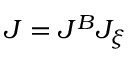
J = J ^ { B } J _ { \xi }